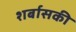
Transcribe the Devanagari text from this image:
शर्बासकी